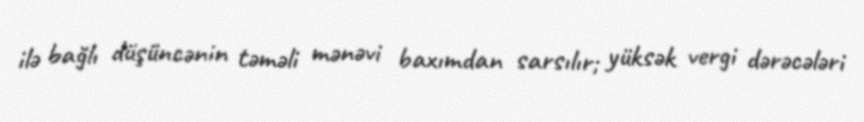
ilə bağlı düşüncənin təməli mənəvi baxımdan sarsılır; yüksək vergi dərəcələri